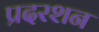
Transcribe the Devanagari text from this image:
प्रदरशन